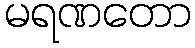
မရဏတော